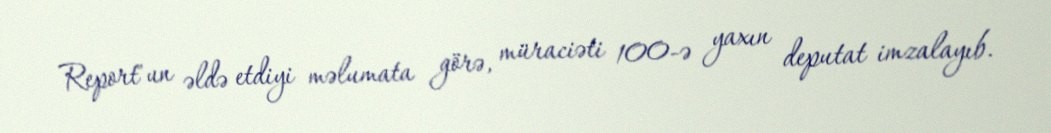
Report"un əldə etdiyi məlumata görə, müraciəti 100-ə yaxın deputat imzalayıb.